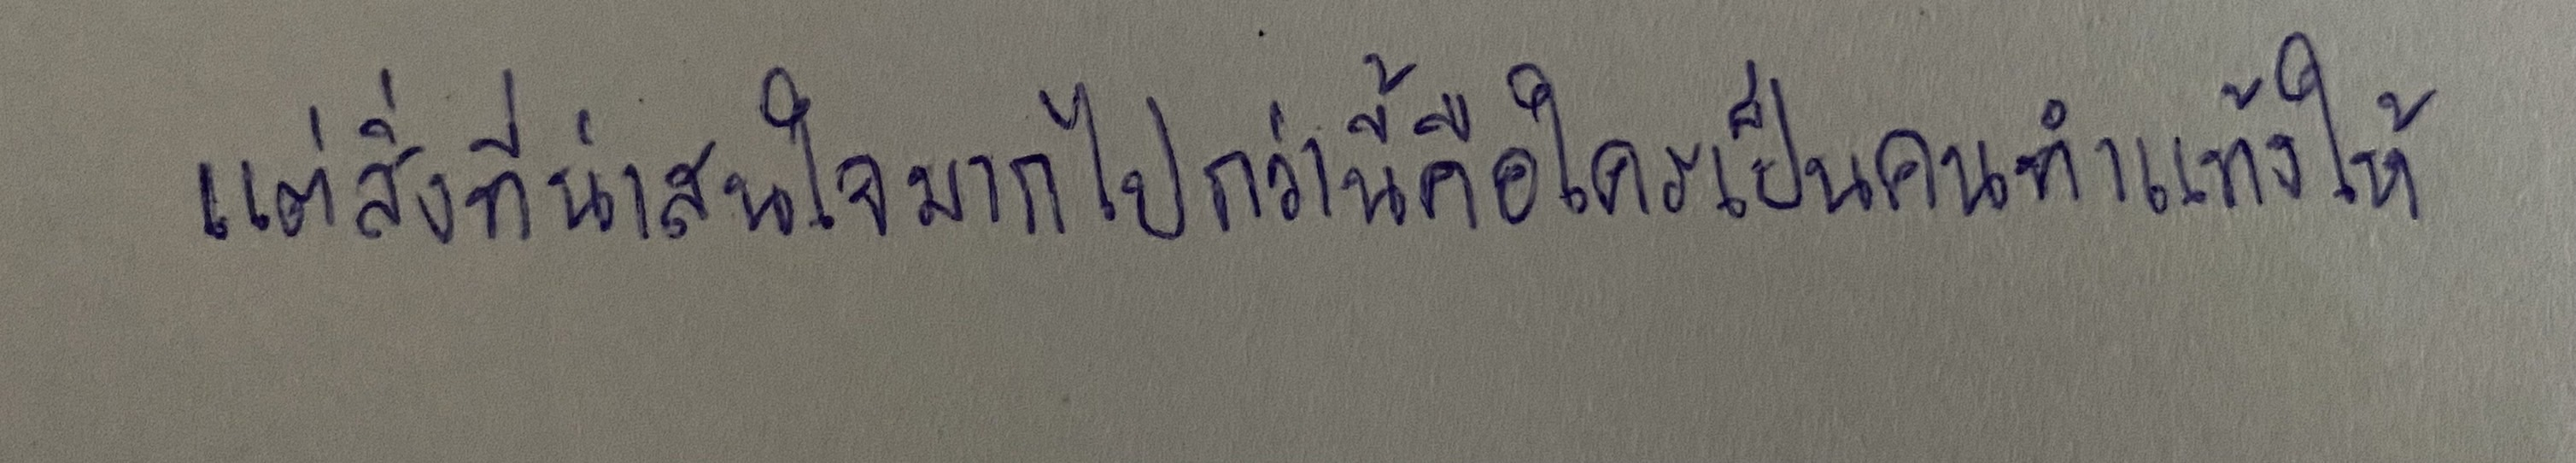
แต่สิ่งที่น่าสนใจมากไปกว่านี้คือใครเป็นคนทำแท้งให้